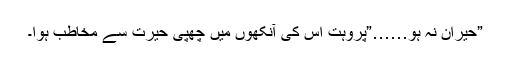
”حیران نہ ہو……”پروہت اس کی آنکھوں میں چھپی حیرت سے مخاطب ہوا۔